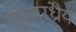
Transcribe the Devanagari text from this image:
सूक्ष्मरंध्रीय